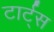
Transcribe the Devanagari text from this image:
टार्ट्‌स